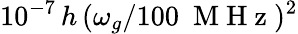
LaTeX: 10^{-7}\, h\, (\omega_{g}/100~\mathrm{~M~H~z~})^{2}